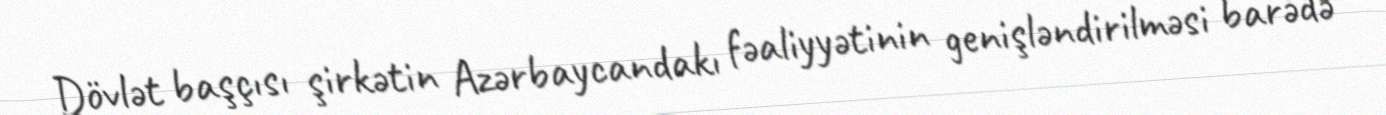
Dövlət başçısı şirkətin Azərbaycandakı fəaliyyətinin genişləndirilməsi barədə